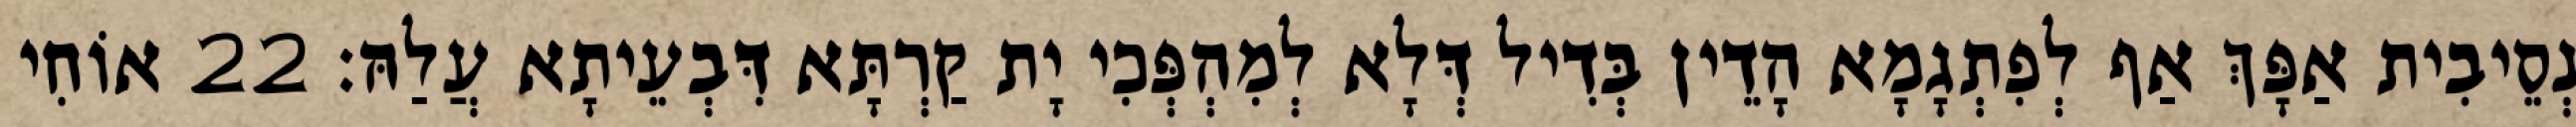
נְסֵיבִית אַפָּךְ אַף לְפִתְגָמָא הָדֵין בְּדִיל דְּלָא לְמִהְפְּכִי יָת קַרְתָּא דִּבְעֵיתָא עֲלַהּ׃ 22 אוֹחִי